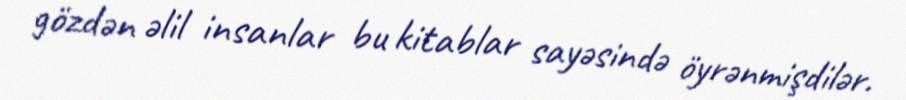
gözdən əlil insanlar bu kitablar sayəsində öyrənmişdilər.